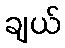
ချယ်